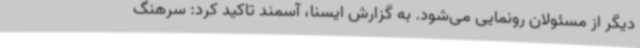
دیگر از مسئولان رونمایی می‌شود. به گزارش ایسنا، آسمند تاکید کرد: سرهنگ